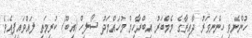
ހުންނެވި ހިންނަވަރު ދާއިރާގެ މެމްބަރު އިބްރާހިމް މުހައްމަދު ސޯލިހް (އިބޫ) ކުރިމަތި ލައްވައިފިއެވެ.